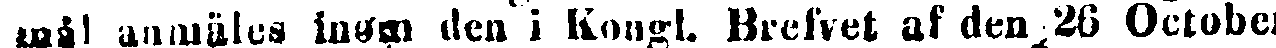
mål anmäles inom den i Kongl. Brefvet af den 26 October